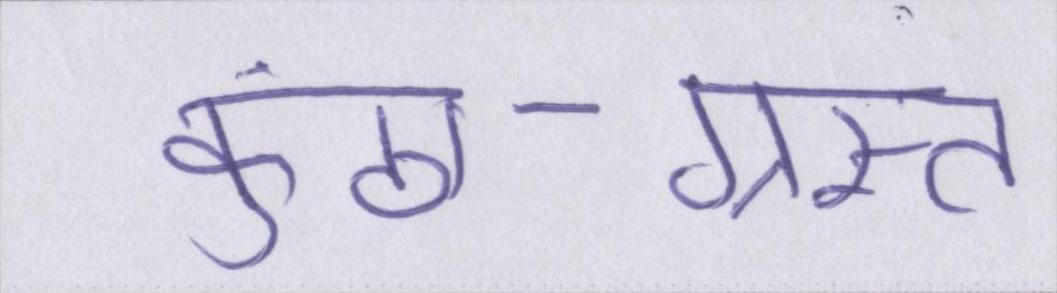
कुंठा-ग्रस्त